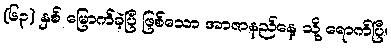
(၆၃) နှစ် မြောက်ခဲ့ပြီ ဖြစ်သော အာဇာနည်နေ့ သို့ ရောက်ပြီ။